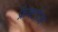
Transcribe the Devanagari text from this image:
फ्रैक्टोज